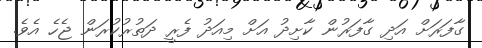
ގާފަރަށް އަދި ގާފަރުން ކާށިދު އަށް މިއަދު ފެރީ ދަތުރުކުރަން ޖެހެ އެވެ.